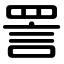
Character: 詈